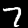
Digit: 7